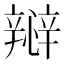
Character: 㦚